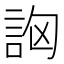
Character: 𧦷